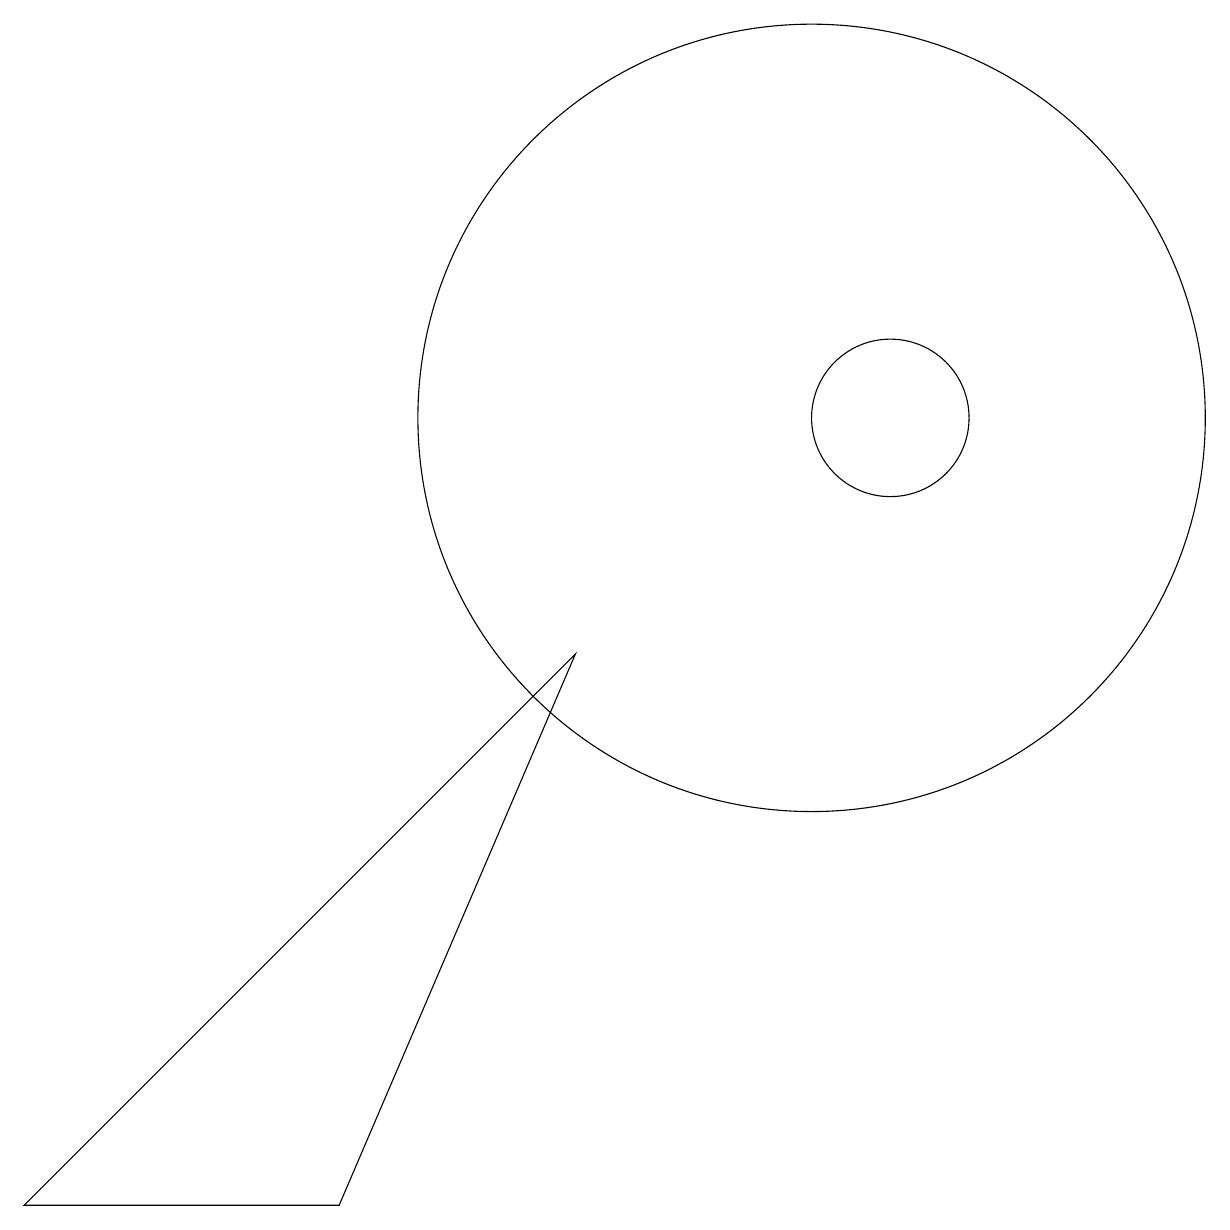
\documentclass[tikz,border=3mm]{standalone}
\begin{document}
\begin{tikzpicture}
\draw (12,10) circle (1);
\draw (5,0) -- (1,0) -- (8,7) -- cycle;
\draw (11,10) circle (5);
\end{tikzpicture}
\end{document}